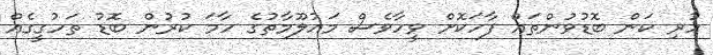
ހުރި ކަން ބޮޑުވުންތައް ފާހަކޮށް ވީހާވެސް މައުލޫމާތުގެ ހާމަ ކުރުން ބޮޑު ތަހުގީގެއް